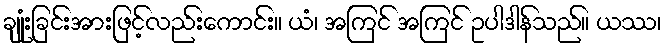
ချုံးခြင်းအားဖြင့်လည်းကောင်း။ ယံ၊ အကြင် အကြင် ဥပါဒါန်သည်။ ယဿ၊